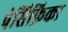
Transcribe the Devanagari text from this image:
पेसिफ़िका